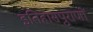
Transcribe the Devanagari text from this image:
इतिहासपुराणों